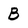
Character: B